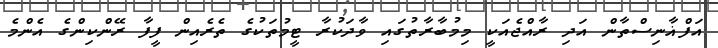
އަފްޣާނިސްތާން އަދި ރާއްޖެއަކީ މިމުބާރާތުގައި ވާދަކުރާ ޓީމުތަކުގެ ތެރެއިން ފީފާ ރޭންކިންގެ އެންމެ